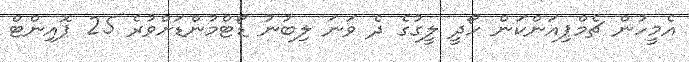
އެމީހުން ޗެމްޕިއަންކަން ހޯދީ ލީގުގެ ދެ ވަނަ ލިބުނު ޑޯޓްމުންޑަށްވުރެ 25 ޕޮއިންޓް